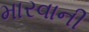
મારવાની